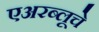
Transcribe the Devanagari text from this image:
एअरब्लूचे